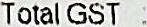
TOTAL GST :